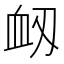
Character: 衂